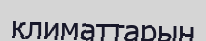
климаттарын